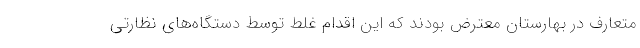
متعارف در بهارستان معترض بودند که این اقدام غلط توسط دستگاه‌های نظارتی